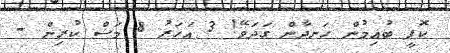
ކޮފީ ބުއިމުން ހަނދާން ގަދަވޭ! 3 އަހަރު 8 މަސް ކުރިން -